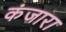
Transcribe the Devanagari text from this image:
कंजारा